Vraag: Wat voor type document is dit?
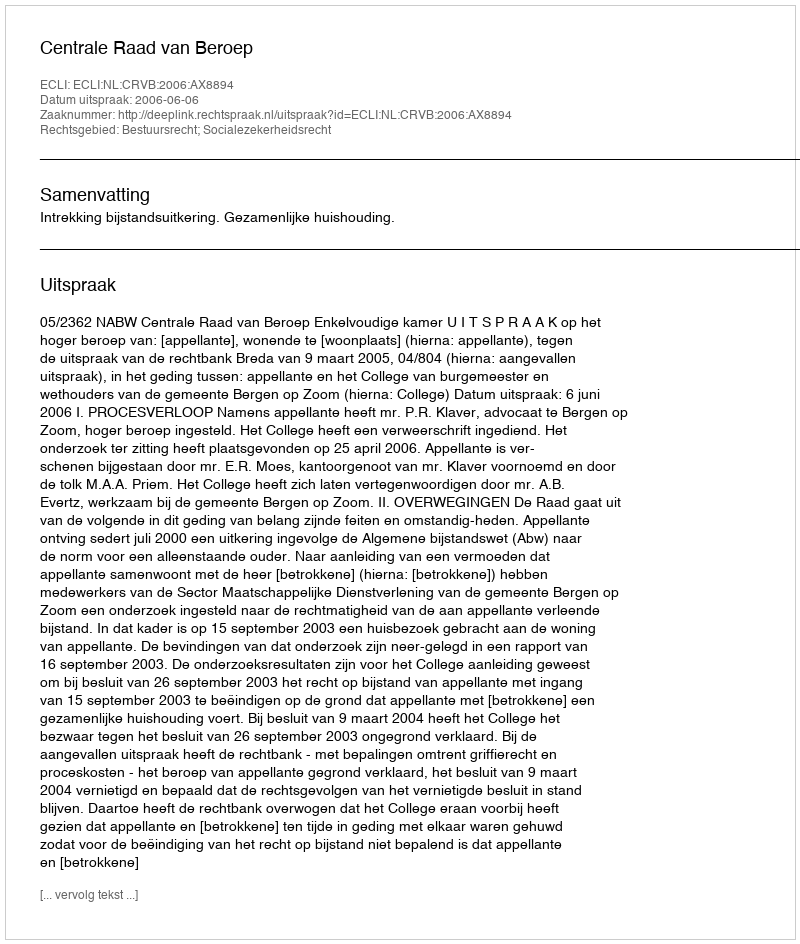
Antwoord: Uitspraak